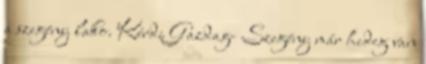
a szegény lako. Kérdi Gazdag- Szegény már hideg van